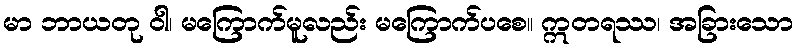
မာ ဘာယတု ဝါ၊ မကြောက်မူလည်း မကြောက်ပစေ။ ဣတရဿ၊ အခြားသော